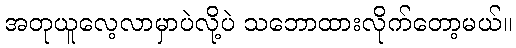
အတုယူလေ့လာမှာပဲလို့ပဲ သဘောထားလိုက်တော့မယ်။